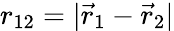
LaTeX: {r_{12}=|\vec{r}_{1}-\vec{r}_{2}|}